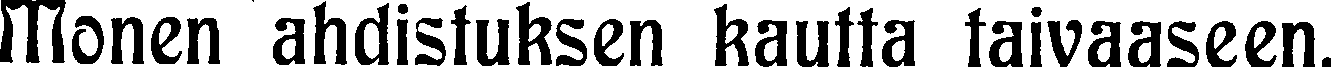
Monen ahdistuksen kautta taivaaseen.